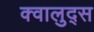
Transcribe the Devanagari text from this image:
क्वालुद्स